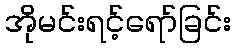
အိုမင်းရင့်ရော်ခြင်း